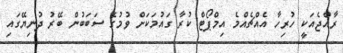
ރާއްޖެއަކީ ހުރިހާ އެއްޗެއްމެ އިމްޕޯޓް ކުރާ ގައުމަކަށް ވުމުގެ ސަބަބުން ބޭރު ދުނިޔޭގައި